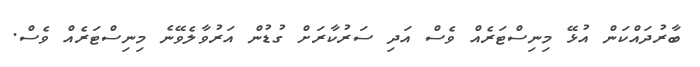
ބާރުދައްކަން އުޅޭ މިނިސްޓަރެއް ވެސް އަދި ސަރުކާރަށް ގުޑުން އަރުވާލެވޭނެ މިނިސްޓަރެއް ވެސް.